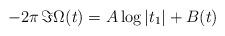
LaTeX: \begin{align*} -2\pi\,\Im \Omega(t) = A \log|t_1| + B(t) \end{align*}